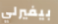
بيفيرلي